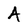
Character: A